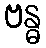
ဗန္ဓ